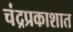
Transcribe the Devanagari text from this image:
चंद्रप्रकाशात